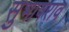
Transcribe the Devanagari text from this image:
सुभाषराव